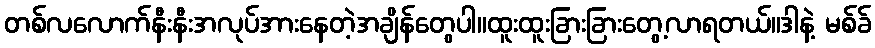
တစ်လလောက်နီးနီးအလုပ်အားနေတဲ့အချိန်တွေပါ။ထူးထူးခြားခြားတွေ့လာရတယ်။ဒါနဲ့ မစ်ခ်